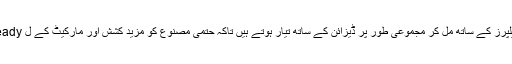
یہ پیشہ ور آرٹ ڈویلپرز کے ساتھ مل کر مجموعی طور پر ڈیزائن کے ساتھ تیار ہوتے ہیں تاکہ حتمی مصنوع کو مزید کشش اور مارکیٹ کے ل ready تیار کیا جاسکے۔